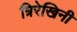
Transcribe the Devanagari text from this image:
त्रिरेखिनी